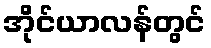
အိုင်ယာလန်တွင်